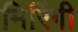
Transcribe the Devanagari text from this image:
मिरिंगी